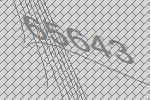
65643